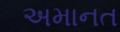
અમાનત